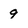
Character: 9